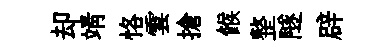
却靖恪雲搶餱整隧辟